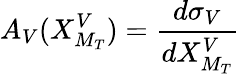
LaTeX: A_{V}(X_{M_{T}}^{V})={\frac{d\sigma_{V}}{dX_{M_{T}}^{V}}}